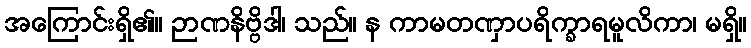
အကြောင်းရှိ၏။ ဉာဏနိဗ္ဗိဒါ၊ သည်။ န ကာမတဏှာပရိက္ခာရမူလိကာ၊ မရှိ။